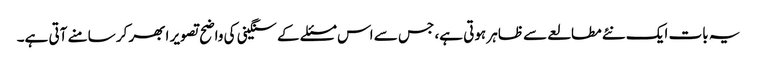
یہ بات ایک نئے مطالعے سے ظاہر ہوتی ہے، جس سے اس مسئلے کے سنگینی کی واضح تصویر ابھر کر سامنے آتی ہے۔